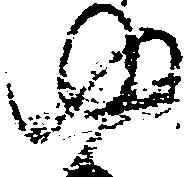
ゆ